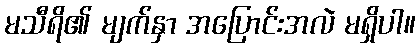
မသီရိ၏ မျက်နှာ အပြောင်းအလဲ မရှိပါ။